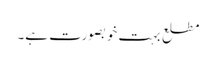
مطلع بہت خوبصورت ہے۔